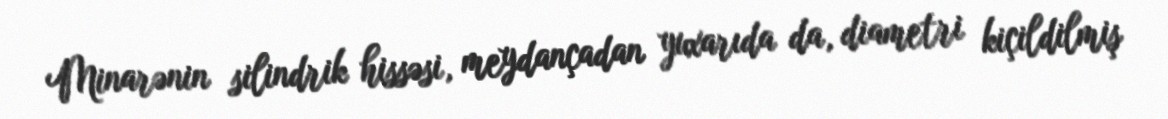
Minarənin silindrik hissəsi, meydançadan yuxarıda da, diametri kiçildilmiş